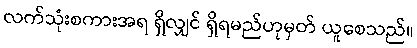
လက်သုံးစကားအရ ရှိလျှင် ရှိရမည်ဟုမှတ် ယူစေသည်။